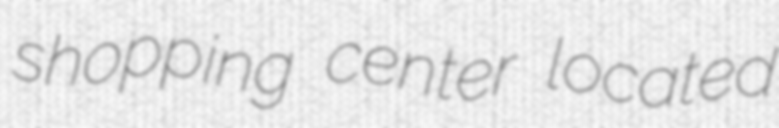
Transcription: shopping center located